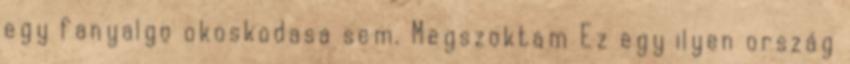
egy fanyalgo okoskodasa sem. Megszoktam Ez egy ilyen ország